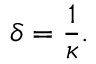
\delta = \frac { 1 } { \kappa } .